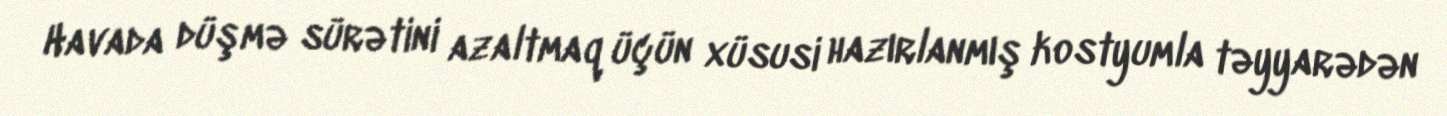
Havada düşmə sürətini azaltmaq üçün xüsusi hazırlanmış kostyumla təyyarədən